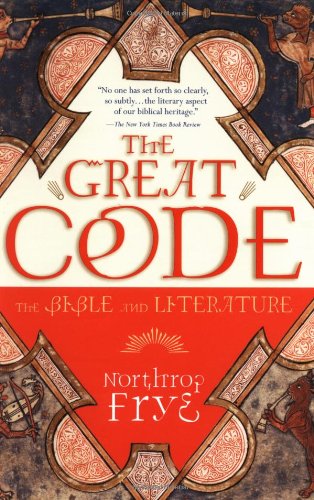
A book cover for The Great Code: The Bible and Literature; Northrop Frye; Literature & Fiction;